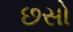
છસો